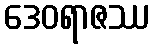
ဒေဝရာဇဿ